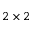
2 \times 2